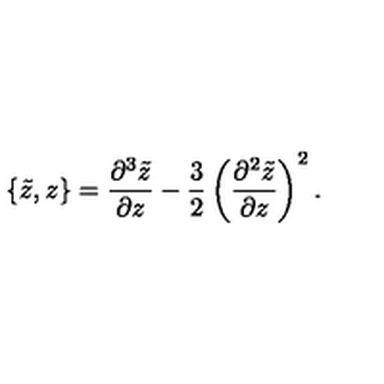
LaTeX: \{ \tilde { z } , z \} = \frac { \partial ^ { 3 } \tilde { z } } { \partial z } - \frac { 3 } { 2 } \left( \frac { \partial ^ { 2 } \tilde { z } } { \partial z } \right) ^ { 2 } .